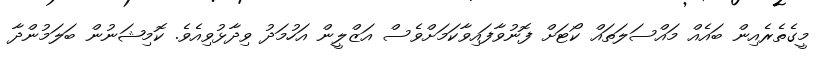
މީގެތެރެއިން ބައެއް މައްސަލަތައް ކޯޓަށް ފޮނުވާފައިވާކަމަށްވެސް އަޒްލީން އަހުމަދު ވިދާޅުވިއެވެ. ކޮމިޝަނުން ބަލަމުންދާ